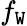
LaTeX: f_{\mathtt{W}}